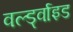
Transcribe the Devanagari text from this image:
वर्ल्ड्वाइड